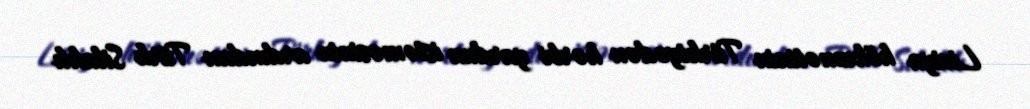
Liviya hökumətinin Türkiyədən hərbi yardım istəməsinin ardından Türk Silahlı